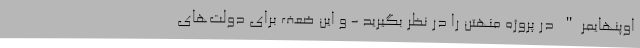
اوپنهایمر" در پروژه منهتن را در نظر بگیرید - و این ضعف برای دولت‌های